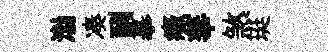
渤凑酬摹癥華煞珽